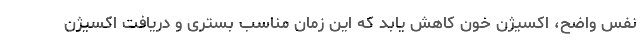
نفس واضح، اکسیژن خون کاهش یابد که این زمان مناسب بستری و دریافت اکسیژن